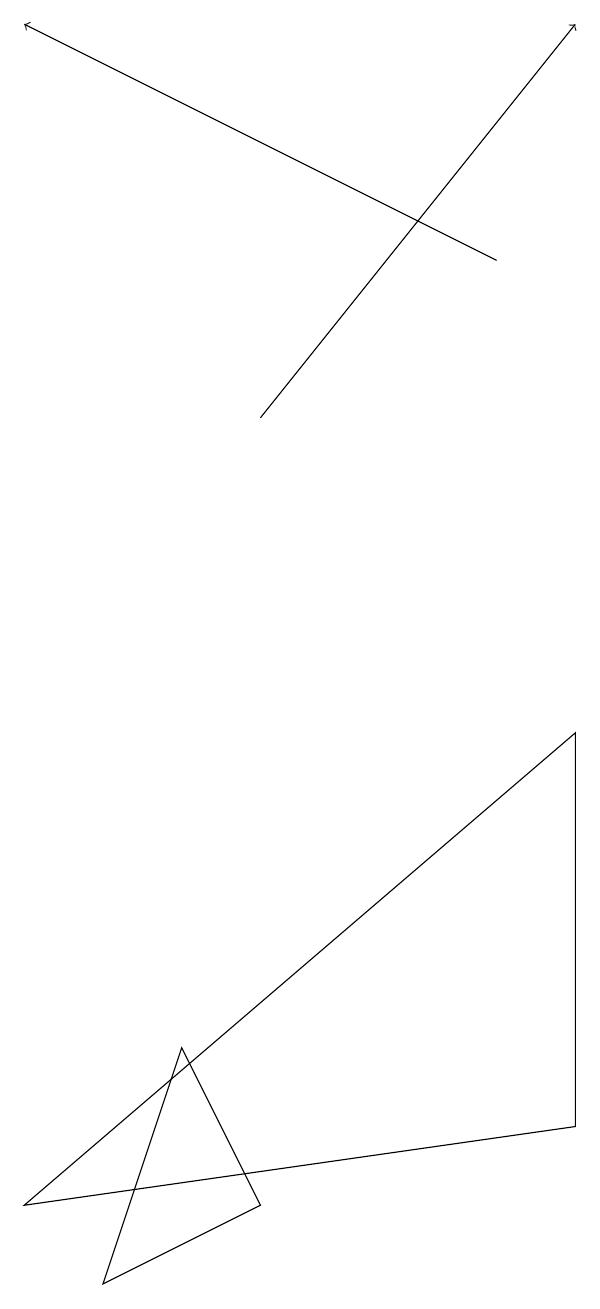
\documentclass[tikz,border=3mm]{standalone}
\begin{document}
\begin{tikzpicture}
\draw (7,7) -- (7,2) -- (0,1) -- cycle;
\draw[->] (3,11) -- (7,16);
\draw[->] (6,13) -- (0,16);
\draw (2,3) -- (1,0) -- (3,1) -- cycle;
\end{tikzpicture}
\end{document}